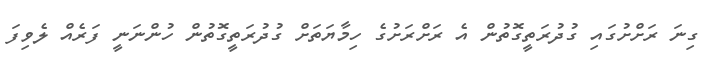
ގިނަ ރަށްށުގައި ގުދުރަތީގޮތުން އެ ރަށްރަށުގެ ހިމާޔަތަށް ގުދުރަތީގޮތުން ހުންނަނީ ފަރެއް ލެވިފަ